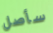
سأصل